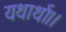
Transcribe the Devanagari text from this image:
यथार्था।।